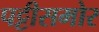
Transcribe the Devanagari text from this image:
पट्टीसमोर